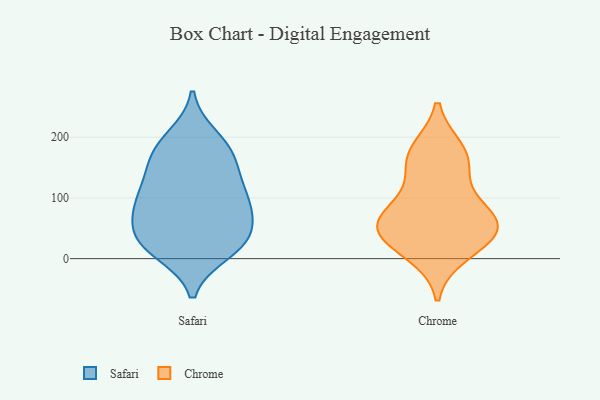
{"axis": {"x": "Temperature (°C)", "y": "Value"}, "legend": ["Chrome", "Safari"], "data": [{"x": "", "y": 37, "type": "Safari"}, {"x": "", "y": 124, "type": "Safari"}, {"x": "", "y": 79, "type": "Safari"}, {"x": "", "y": 153, "type": "Safari"}, {"x": "", "y": 30, "type": "Safari"}, {"x": "", "y": 86, "type": "Safari"}, {"x": "", "y": 90, "type": "Safari"}, {"x": "", "y": 181, "type": "Safari"}, {"x": "", "y": 154, "type": "Safari"}, {"x": "", "y": 11, "type": "Safari"}, {"x": "", "y": 34, "type": "Safari"}, {"x": "", "y": 87, "type": "Safari"}, {"x": "", "y": 183, "type": "Safari"}, {"x": "", "y": 200, "type": "Safari"}, {"x": "", "y": 39, "type": "Safari"}, {"x": "", "y": 14, "type": "Safari"}, {"x": "", "y": 109, "type": "Safari"}, {"x": "", "y": 82, "type": "Chrome"}, {"x": "", "y": 54, "type": "Chrome"}, {"x": "", "y": 45, "type": "Chrome"}, {"x": "", "y": 76, "type": "Chrome"}, {"x": "", "y": 36, "type": "Chrome"}, {"x": "", "y": 177, "type": "Chrome"}, {"x": "", "y": 149, "type": "Chrome"}, {"x": "", "y": 10, "type": "Chrome"}, {"x": "", "y": 51, "type": "Chrome"}, {"x": "", "y": 168, "type": "Chrome"}]}